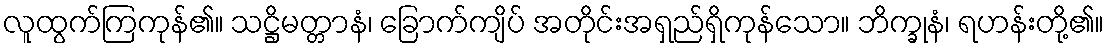
လူထွက်ကြကုန်၏။ သဋ္ဌိမတ္တာနံ၊ ခြောက်ကျိပ် အတိုင်းအရှည်ရှိကုန်သော။ ဘိက္ခုနံ၊ ရဟန်းတို့၏။